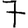
Digit: 7